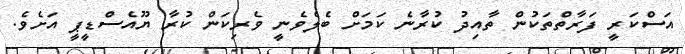
އަސްކަރީ ފަރާތްތަކުން ތާއިދު ކުރާނެ ކަމަށް ބެލެވެނީ ވެރިކަން ކުރާ ޔޫއެސްޑީޕީ އަށެވެ.